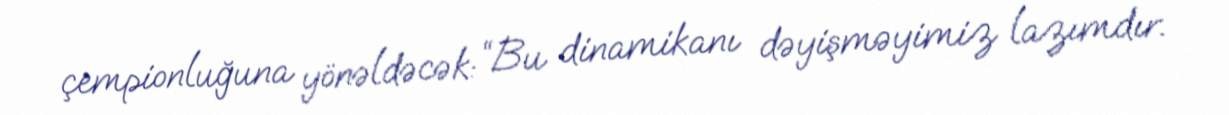
çempionluğuna yönəldəcək: “Bu dinamikanı dəyişməyimiz lazımdır.